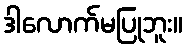
ဒါလောက်မပြုဘူး။